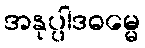
အနုပ္ပါဒဓမ္မေ